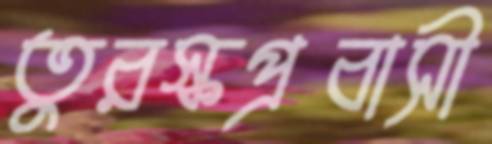
তুরস্কপ্রবাসী